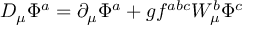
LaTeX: D _ { \mu } \Phi ^ { a } = \partial _ { \mu } \Phi ^ { a } + g f ^ { a b c } W _ { \mu } ^ { b } \Phi ^ { c }